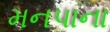
મનપાના